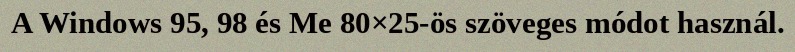
A Windows 95, 98 és Me 80×25-ös szöveges módot használ.